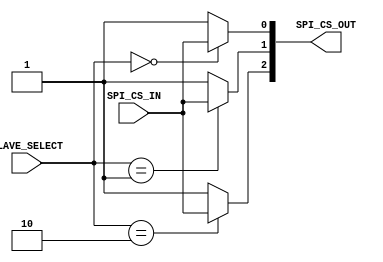
`timescale 1ns / 1ps
//////////////////////////////////////////////////////////////////////////////////
// Company: 
// Engineer: 
// 
// Design Name: 
// Module Name:    SPI_MUX 
// Project Name: 
// Target Devices: 
// Tool versions: 
// Description: 
//
// Dependencies: 
//
// Revision: 
// Revision 0.01 - File Created
// Additional Comments: 
//
//////////////////////////////////////////////////////////////////////////////////
module SPI_MUX(
		output [2:0] SPI_CS_OUT,
		input SPI_CS_IN,
		input [1:0] SLAVE_SELECT
    );

	generate
	genvar SPIIt;
	for (SPIIt = 0; SPIIt < 3; SPIIt = SPIIt + 1) begin : SPI_LOOP
		assign SPI_CS_OUT[ SPIIt ] = (SLAVE_SELECT == SPIIt) ?  SPI_CS_IN : 1;
	end
	endgenerate

endmodule